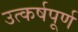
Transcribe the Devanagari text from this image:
उत्कर्षपूर्ण